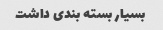
بسیار بسته بندی داشت